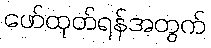
ဖော်ထုတ်ရန်အတွက်